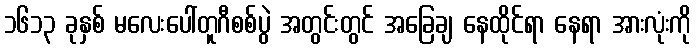
၁၆၁၃ ခုနှစ် မလေးပေါ်တူဂီစစ်ပွဲ အတွင်းတွင် အခြေချ နေထိုင်ရာ နေရာ အားလုံးကို